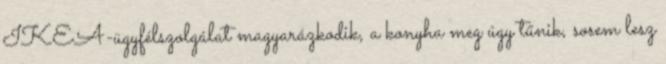
IKEA-ügyfélszolgálat magyarázkodik, a konyha meg úgy tűnik, sosem lesz